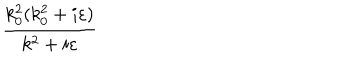
LaTeX: \frac { k _ { 0 } ^ { 2 } ( k _ { 0 } ^ { 2 } + i \varepsilon ) } { k ^ { 2 } + i \varepsilon }